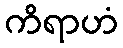
ကိရာဟံ